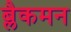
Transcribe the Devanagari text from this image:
ब्लैकमन